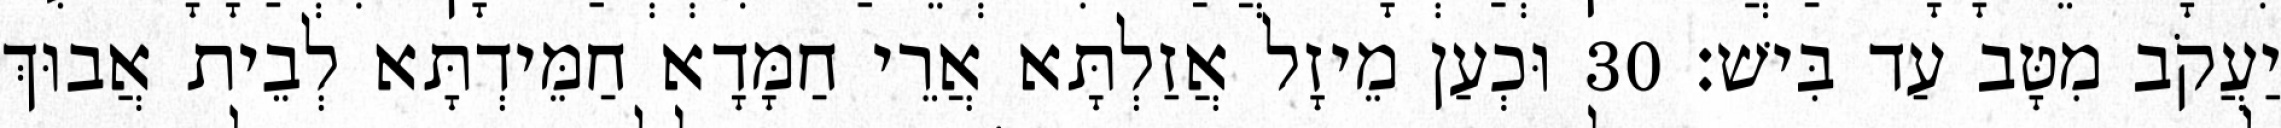
יַעֲקֹב מִטָּב עַד בִּישׁ׃ 30 וּכְעַן מֵיזָל אֲזַלְתָּא אֲרֵי חַמָּדָא חַמֵּידְתָּא לְבֵית אֲבוּךְ